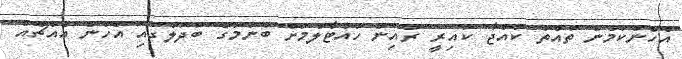
އެހެންކަމުން ތުއްތު ކުއްޖާ ކައިރީ ރުއިން ހުއްޓާލުމަށް ބުނުމުގެ ބަދަލުގައި އެހެން އެއްޗެއް